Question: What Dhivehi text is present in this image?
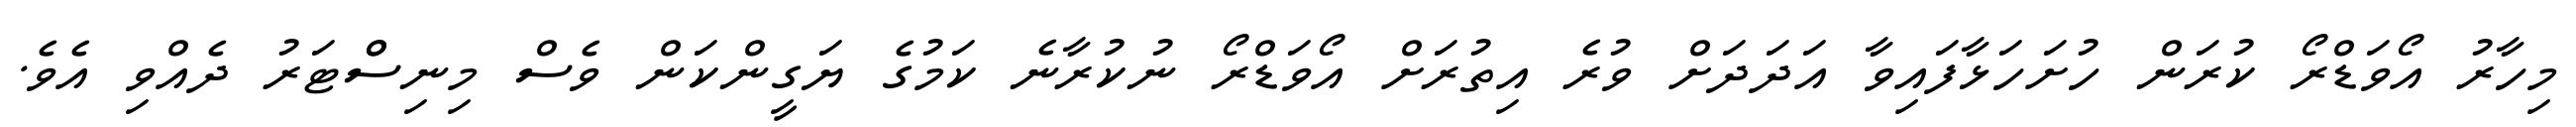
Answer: މިހާރު އޯވަޑްރޯ ކުރަން ހުށަހަޅާފައިވާ އަދަދަށް ވުރެ އިތުރަށް އޯވަޑްރޯ ނުކުރާނެ ކަމުގެ ޔަގީންކަން ވެސް މިނިސްްޓަރު ދެއްވި އެވެ.